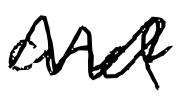
Text: and
Cross-out: mix
Writing tool: digital_black